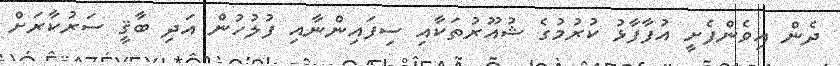
ދެން އިވެންފެށީ އުފާފާޅު ކުރުމުގެ ޝުއޫރުތަކާއި ސިފައިންނާއި ފުލުހުން އަދި ބާޤީ ސަރުކާރަށް